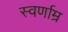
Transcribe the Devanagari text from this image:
स्वर्णाम्र